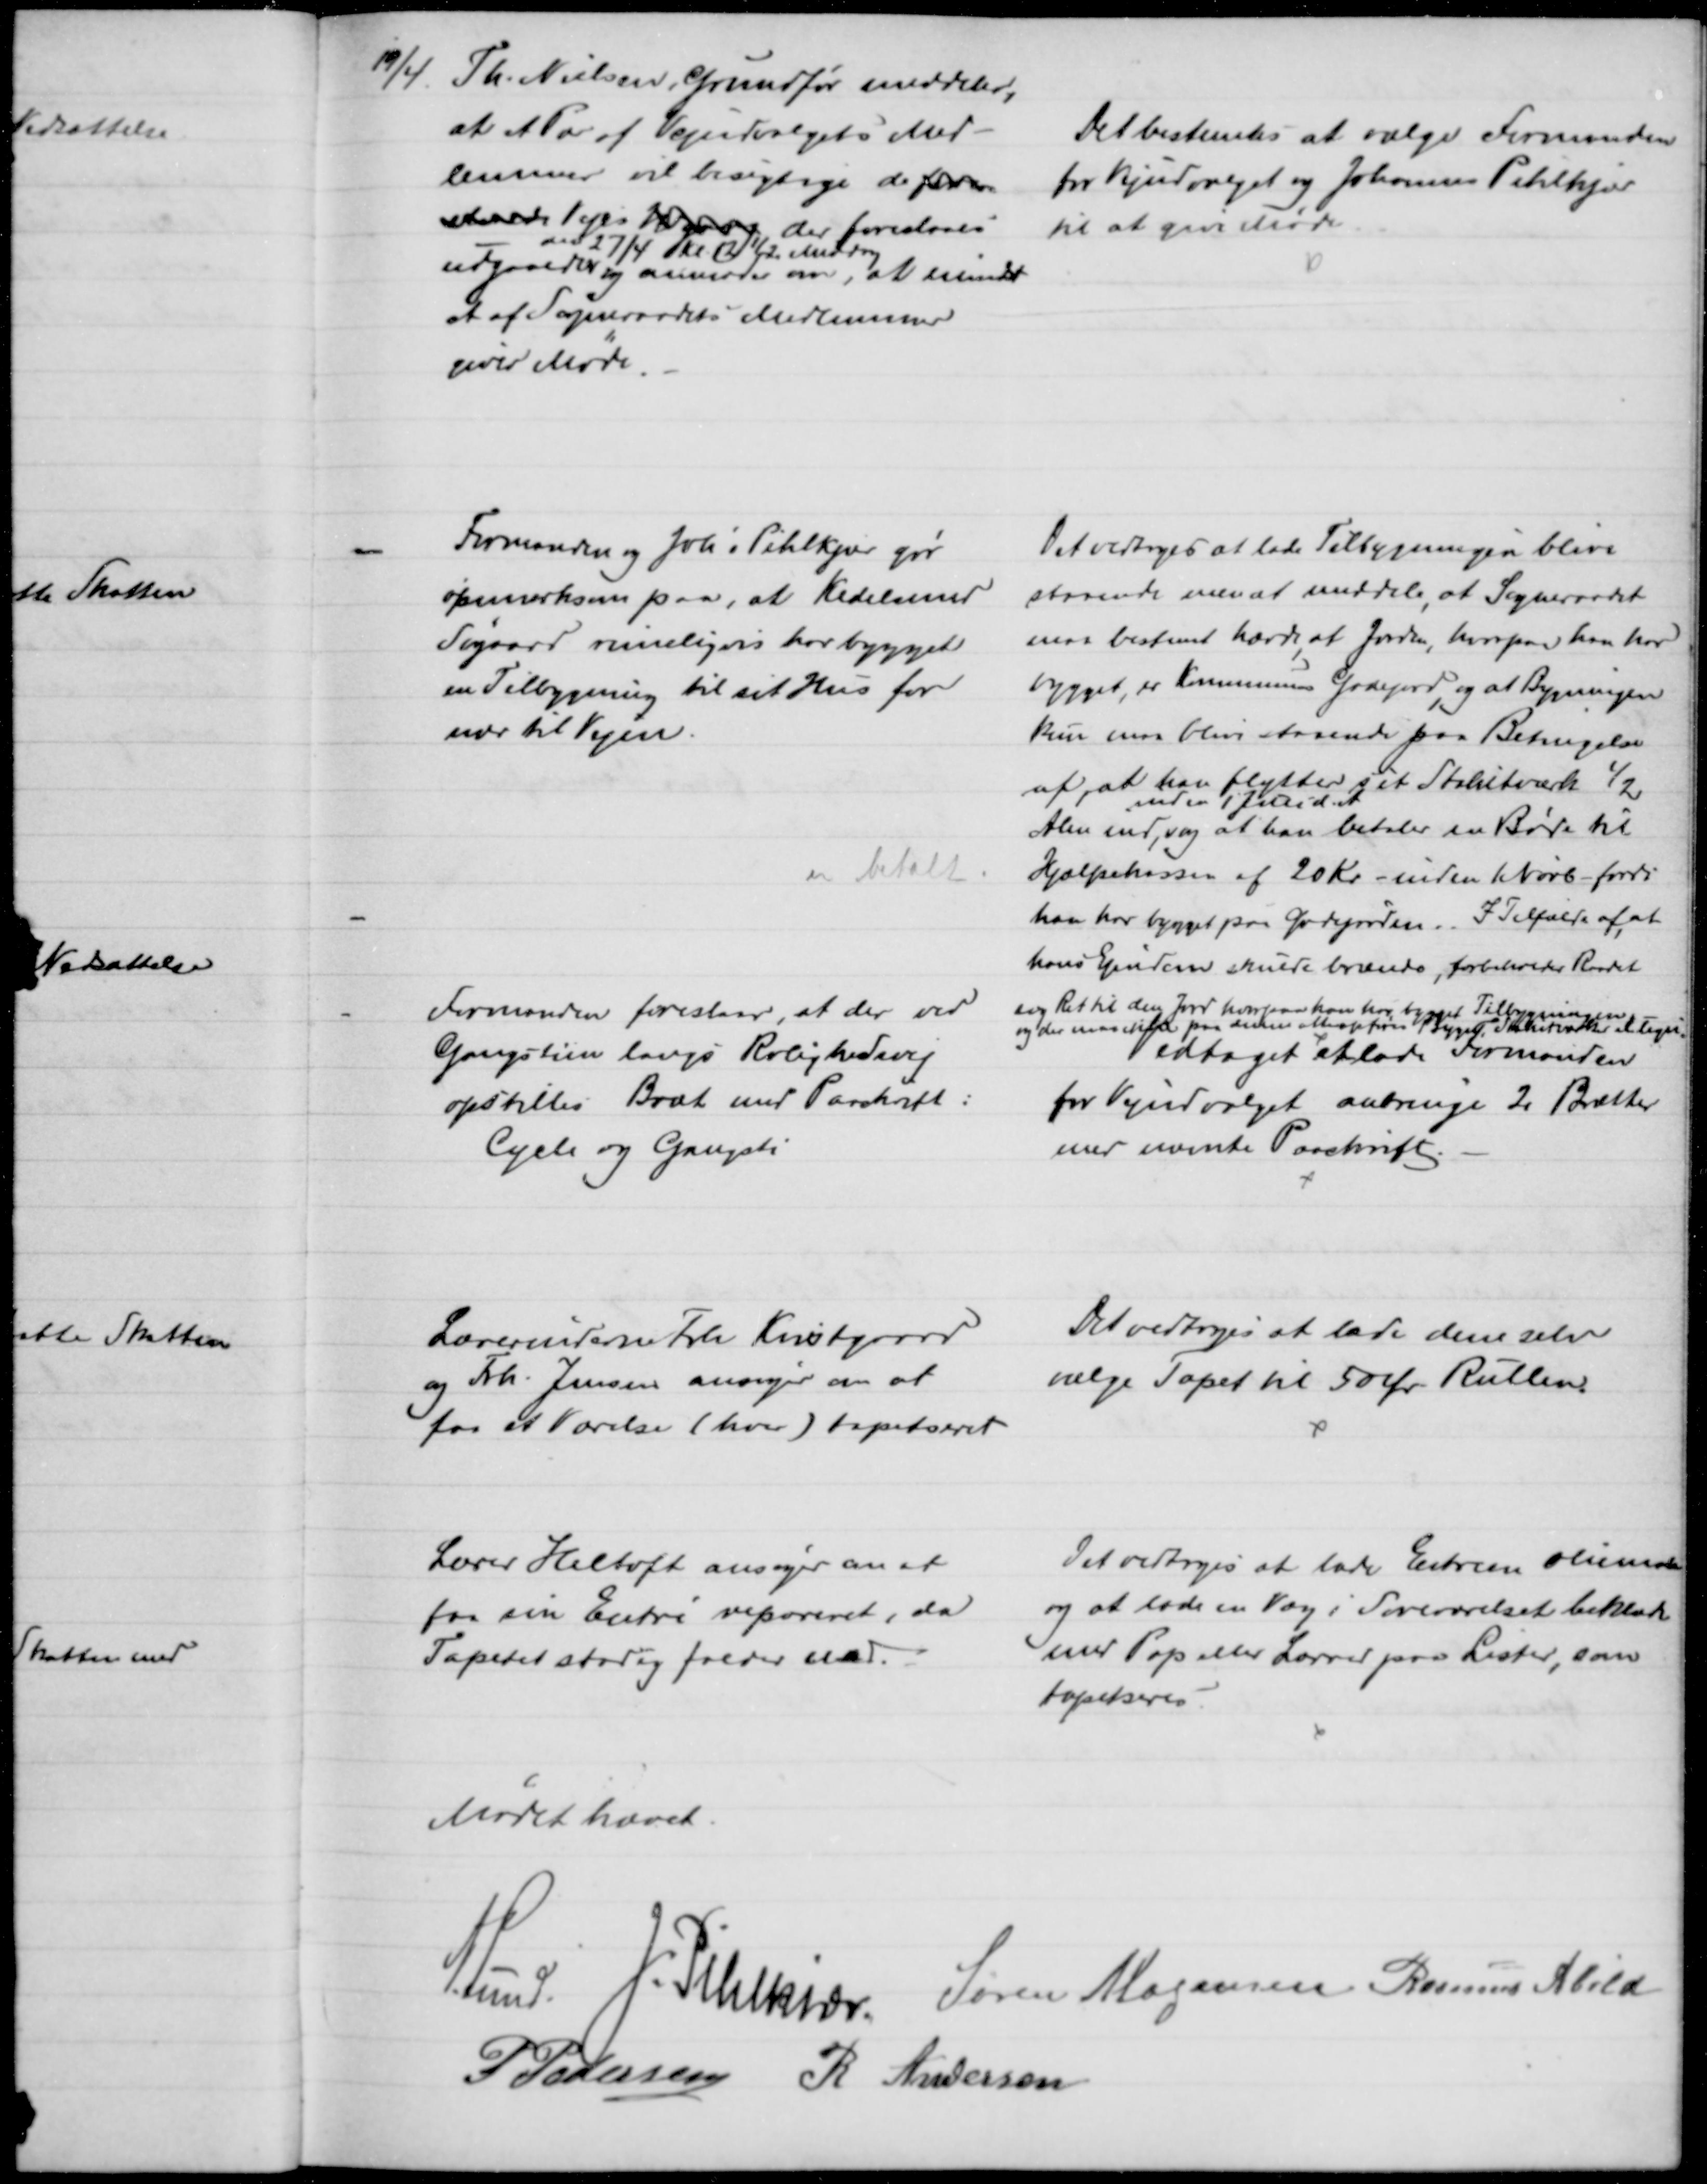
Transskription:
19/4.
Th. Nielsen, Grundfør meddeler,
at et Par af Vejudvalgets Med-
lemmer vil besigtige de for en
stands Veje Ngang der foreslaaes
udgaaede 
den 27/4 kl 12½ Middag
og anmoder om, at mindst
et af Sogneraadets Medlemmer
giver Møde.
Det bestemtes at vælge Formanden
for Vejudvalget og Johannes Pihlkjær
til at give Møde.
Formanden og Joh's Pihlkjær gør
opmærksom paa, at Kedelsmed
Søgaard rimeligvis har bygget
en Tilbygning til sit Hus for
nær til Vejen.
Det vedtoges at lade Tilbygningen blive
staaende men at meddele, at Sogneraadet
maa bestemt hævde, at Jorden, hvorpaa han har
bygget, er Kommunens Gadejord, og at Bygningen
kun maa blive staaende paa Betingelse 
af, at han flytter sit Stakitværk ½
Alen ind, 
inden 1' Juli d. A
og at han betaler en Bøde til
Hjælpekassen af 20 Kr - inden 1 Novb - fordi
han har bygget paa Gadejorden. I Tilfælde af, at 
hans Ejendom skulde brænde, forbeholder Raadet
sig Ret til den Jord hvorpaa han har bygget Tilbygningen 
og der maa ikke paa denne atter opføres 1 Bygn. Stakitværk el. lign.
er betalt.
Formanden foreslaar, at der ved
Gangstien langs Rolighedsvej
opstilles Bræt med Paaskrift
Cycle og Gangsti
Vedtaget et lade Formanden
for Vejudvalget anbringe 2 Brætter
med nævnte Paaskrift.
Lærerinderne Frk Kvistgaard
og Frk. Jensen ansøger om at
faa et Værelse (hver) tapetseret
Det vedtoges at lade dem selv
vælge Tapet til 50 Ør Rullen
Lærer Heltoft ansøger om at
faa sin Entre repareret, da
Tapetet stadig falder ned.
Det vedtoges at lade Entreen oliemale
og at lade en Væg i Soveværelset beklæde
med Pap eller Lærred paa Lister, som
tapetseres.
Mødet hævet
A. Lund.
J. Pihlkjær. Søren Mogensen Rasmus Abild
P Pedersen R. Andersen